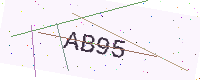
Text: AB95